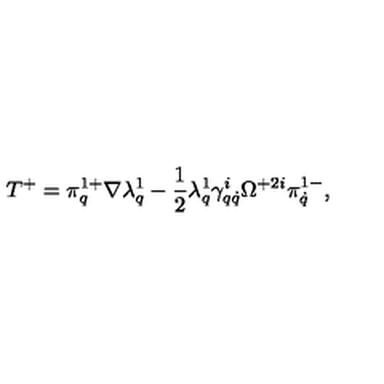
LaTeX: T ^ { + } = \pi _ { q } ^ { 1 + } \nabla \lambda _ { q } ^ { 1 } - \frac 1 2 \lambda _ { q } ^ { 1 } \gamma _ { q \dot { q } } ^ { i } \Omega ^ { + 2 i } \pi _ { \dot { q } } ^ { 1 - } ,